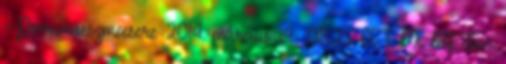
--Porrimaeszmecsere 2014. március 14., 08:25 CET Mi lett itten